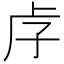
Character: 𡥋